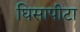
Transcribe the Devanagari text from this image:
घिसापीटा